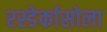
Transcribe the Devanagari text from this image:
रस्डेर्कासोला